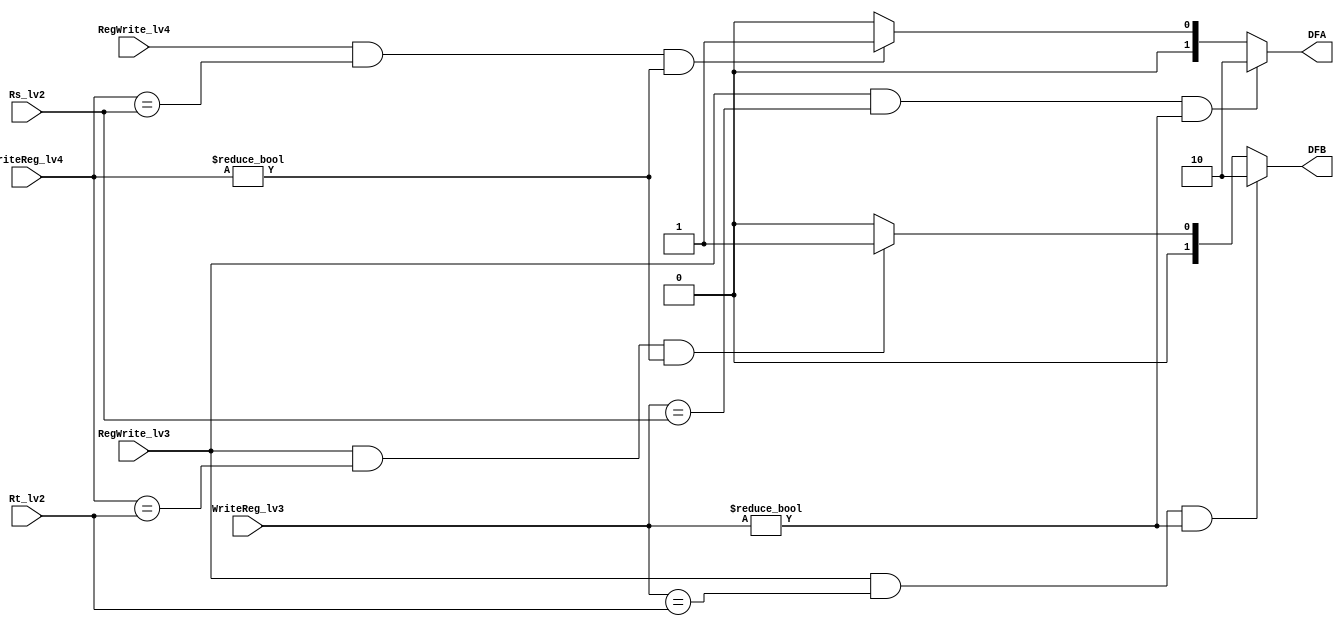
module DataForward(Rs_lv2,Rt_lv2,RegWrite_lv3,WriteReg_lv3,RegWrite_lv4,WriteReg_lv4,DFA,DFB);
input [4:0] Rs_lv2,Rt_lv2, WriteReg_lv3, WriteReg_lv4;
input RegWrite_lv3,RegWrite_lv4;
output reg [1:0] DFA,DFB;

always @(Rs_lv2,Rt_lv2,WriteReg_lv3,WriteReg_lv4,RegWrite_lv3,RegWrite_lv4)
begin
if(RegWrite_lv3==1'b1&&WriteReg_lv3==Rs_lv2&&WriteReg_lv3!=5'b00000)
	{DFA}=2'b10;
else if(RegWrite_lv4==1'b1&&WriteReg_lv4==Rs_lv2&&WriteReg_lv4!=5'b00000)
	{DFA}=2'b01;
	else
	{DFA}=2'b00;
if(RegWrite_lv3==1'b1&&WriteReg_lv3==Rt_lv2&&WriteReg_lv3!=5'b00000)
	{DFB}=2'b10;
else if(RegWrite_lv3==1'b1&&WriteReg_lv4==Rt_lv2&&WriteReg_lv4!=5'b00000)
	{DFB}=2'b01;
	else
	{DFB}=2'b00;
end

endmodule